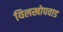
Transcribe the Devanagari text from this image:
यिलखोपवाड